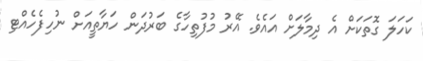
ކަހަލަ ގޮތަކަށް އެ ދިމާލަށް އައެވެ. އޭރު މުފުތިހާގެ ބަރުދަން ހަޔާތީއަށް ނުހިފެހެއްޓި